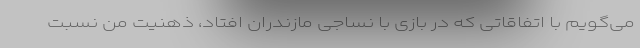
می‌گویم با اتفاقاتی که در بازی با نساجی مازندران افتاد، ذهنیت من نسبت